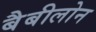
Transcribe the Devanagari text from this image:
बैबीलोन